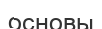
основы